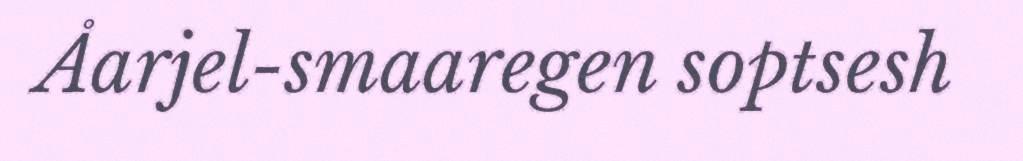
Åarjel-smaaregen soptsesh